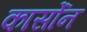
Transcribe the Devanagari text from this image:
कार्सोन